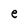
Character: e